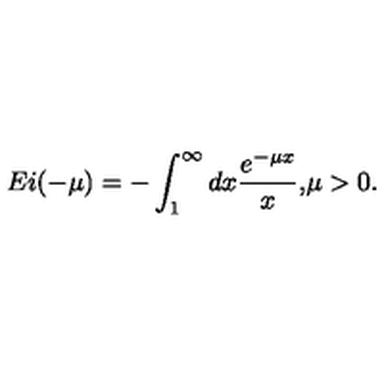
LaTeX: E i ( - \mu ) = - \int _ { 1 } ^ { \infty } d x \frac { e ^ { - \mu x } } { x } { , } \mu > 0 { . }